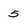
Character: 5